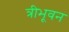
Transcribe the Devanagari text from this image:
त्रीभूवन